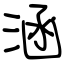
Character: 涵